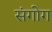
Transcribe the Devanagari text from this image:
संगोग